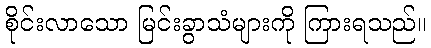
စိုင်းလာသော မြင်းခွာသံများကို ကြားရသည်။